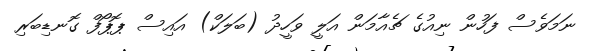
ނަމަވެސް ފަހުން ނިއުގެ ޗެއާމަން އަލީ ވަހީދު (ބަލަކް) އައިސް ޕޮޕޯފް ގޮނޑިބަރި